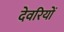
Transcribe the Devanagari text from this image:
देवरियों